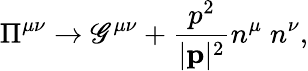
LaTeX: \Pi^{\mu\nu}\rightarrow\mathscr{G}^{\mu\nu}+\frac{{p^{2}}}{{|{\mathbf{p}}|^{2}}}n^{\mu}\; n^{\nu},